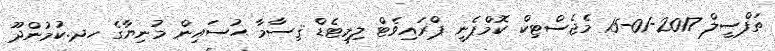
ތަފްސީލް 2017-01-15 މެޖެސްޓިކް ކޮމްޕެނީ ޕްރައިވެޓް ލިމިޓެޑް ޤިސާމާ ޙުސައިން މުނިޔާގެ ހދ.ކުމުންދޫ